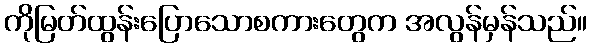
ကိုမြတ်ထွန်းပြောသောစကားတွေက အလွန်မှန်သည်။